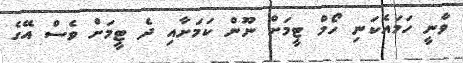
ވާނީ ހަމައެކަނި ހޯމް ޓީމަށް ނޫން ކަމަށާއި ދެ ޓީމަށް ވެސް އޭގެ